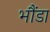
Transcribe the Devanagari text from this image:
भौंडा